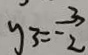
y _ { 3 } = - \frac { 3 } { 2 }